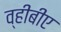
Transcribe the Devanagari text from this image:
व्हीबीए